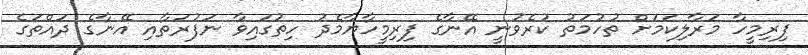
ފިރިމީހާ މަރާލިކަމަށް ތުހުމަތު ކުރެވުނީ އޭނާގެ ފިރިމީހާޔާމެދު ހިތުގައިވާ ނަފުރަތާއި އޭނާގެ ދައްތަގެ